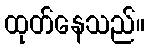
ထုတ်နေသည်။